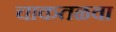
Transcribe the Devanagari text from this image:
चाकतळवा